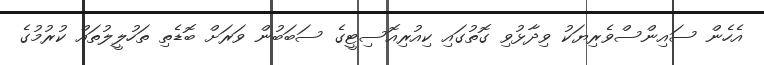
އެހެން ސައިންސްވެރިޔަކު ވިދާޅުވި ގޮތުގައި ކިއުރިއޮސިޓީގެ ސަބަބުން ވަރަށް ބޮޑެތި ތަހުލީލުތައް ކުރުމުގެ